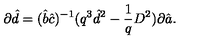
\partial \hat { d } = ( \hat { b } \hat { c } ) ^ { - 1 } ( q ^ { 3 } \hat { d } ^ { 2 } - \frac { 1 } { q } D ^ { 2 } ) \partial \hat { a } .